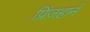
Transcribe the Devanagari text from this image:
प्रिंज़हार्न